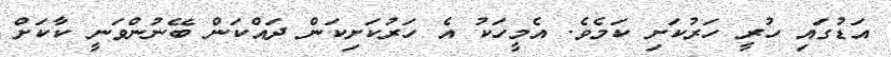
އަޑުގައި ހުރީ ހަރުކަށި ކަމެެވެ. އެމީހަކު އެ ހަރުކަށިކަން ދައްކަން ބޭނުންވަނީ ކާކަށް